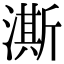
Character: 澌